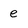
Character: e